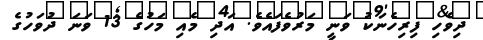
ދިވެހި ފިރިހެނަކު ވަނީ މަރުވެފައެވެ. އަދި މެއި މަހުގެ 13 ވަނަ ދުވަހުގެ